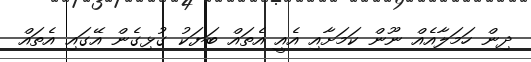
ދިން ހަމަލާއެއް ނޫން ކަމަށާއި އެއީ އެތައް ބަޔަކު ގުޅިގެން އޭގައި އެތައް